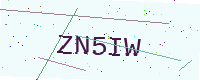
Text: ZN5IW